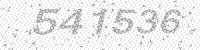
Solution: 541536